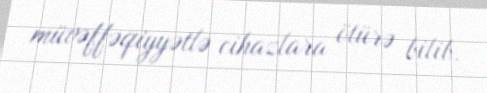
müvəffəqiyyətlə cihazlara ötürə bilib.